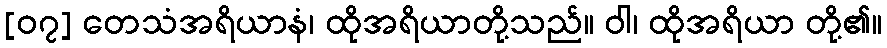
[၀၇] တေသံအရိယာနံ၊ ထိုအရိယာတို့သည်။ ဝါ၊ ထိုအရိယာ တို့၏။